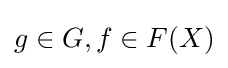
g\in G,f\in F(X)